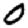
Digit: 0